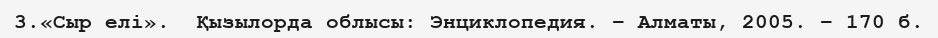
3.«Сыр елі».  Қызылорда облысы: Энциклопедия. – Алматы, 2005. – 170 б.